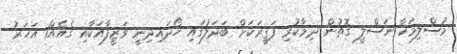
މުސްލިމަކާ ނަސްލީ ގޮތުން ދިމާކުރި ފަޤީރަކަށް ބަދަލުގައި ހޯދައިދިނީ ވަޒީފާއަކާއި ގެއެއް1 އަހަރު